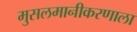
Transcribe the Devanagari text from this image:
मुसलमानीकरणाला